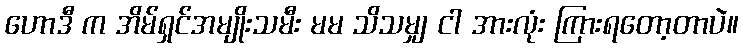
ဟောဒီ က အိမ်ရှင်အမျိုးသမီး မမ သိသမျှ ငါ အားလုံး ကြားရတော့တာပဲ။